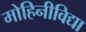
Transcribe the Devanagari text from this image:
मोहिनीविद्या